Indian journal of veterinary science and animal husbandry - Volume 12,
Year: 1942
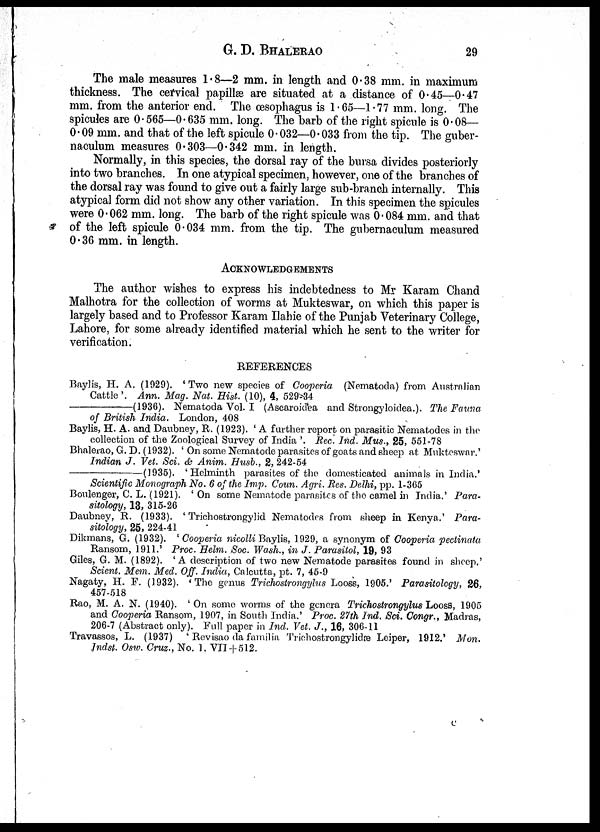
G. D.
BHALERAO
29
The male measures 1.8—2 mm. in length and 0.38 mm. in maximum
thickness. The cervical papillæ are situated at a distance of 0.45—0.47
mm. from the anterior end. The œsophagus is 1.65—1.77 mm. long. The
spicules are 0.565—0.635 mm. long. The barb of the right spicule is 0.08—
0.09 mm. and that of the left spicule 0.032—0.033 from the tip. The guber-
naculum measures 0.303—0.342 mm. in length.
Normally, in this species, the dorsal ray of the bursa divides posteriorly
into two branches. In one atypical specimen, however, one of the branches of
the dorsal ray was found to give out a fairly large sub-branch internally. This
atypical form did not show any other variation. In this specimen the spicules
were 0.062 mm. long. The barb of the right spicule was 0.084 mm. and that
of the left spicule 0.034 mm. from the tip. The gubernaculum measured
0.36 mm. in length.
ACKNOWLEDGEMENTS
The author wishes to express his indebtedness to Mr Karam Chand
Malhotra for the collection of worms at Mukteswar, on which this paper is
largely based and to Professor Karam Ilahie of the Punjab Veterinary College,
Lahore, for some already identified material which he sent to the writer for
verification.
REFERENCES
Baylis, H. A. (1929). 'Two new species of Cooperia (Nematoda) from Australian
Cattle '. Ann. Mag. Nat. Hist. (10), 4, 529-34
—(1936).
Nematoda Vol. I (Ascaroidea and Strongyloidea.). The Fauna
of British India. London, 408
Baylis, H. A. and Daubney, R. (1923). ' A further report on parasitic Nematodes in the
collection of the Zoological Survey of India '. Rec. Ind. Mus., 25, 551-78
Bhalerao, G. D. (1932). ' On some Nematode parasites of goats and sheep at Mukteswar.'
Indian J. Vet. Sci. & Anim. Husb., 2, 242-54
—(1935).
' Helminth parasites of the domesticated animals in India.'
Scientific Monograph No. 6 of the Imp. Coun. Agri. Res. Delhi, pp. 1-365
Boulenger, C. L. (1921). ' On some Nematode parasites of the camel in India.' Para-
sitology, 13, 315-26
Daubney, R. (1933). ' Trichostrongylid Nematodes from sheep in Kenya.' Para-
sitology, 25, 224-41
Dikmans, G. (1932). ' Cooperia nicolli Baylis, 1929, a synonym of Cooperia pectinata
Ransom, 1911.' Proc. Helm. Soc. Wash., in J. Parasitol, 19, 93
Giles, G. M. (1892). 'A description of two new Nematode parasites found in sheep.'
Scient. Mem. Med. Off. India, Calcutta, pt. 7, 45-9
Nagaty, H. F. (1932). 'The genus Trichostrongylus Looss, 1905.' Parasitology, 26,
457-518
Rao, M. A. N. (1940). 'On some worms of the genera Trichostrongylus Looss, 1905
and Cooperia Ransom, 1907, in South India.' Proc. 27th Ind. Sci. Congr., Madras,
206-7 (Abstract only). Full paper in Ind. Vet. J., 16, 306-11
Travassos, L. (1937) ' Revisao da familia Trichostrongylidæ Leiper, 1912.' Mon.
Indst. Osw. Cruz., No. 1, VII + 512.